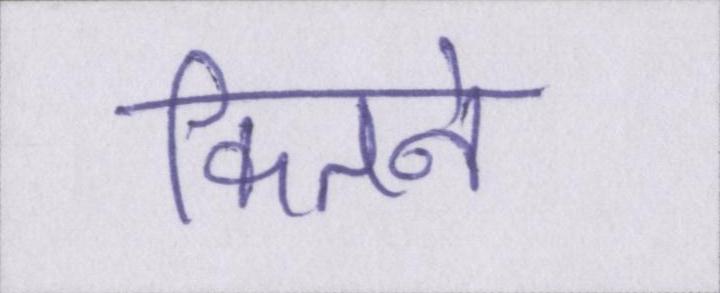
कितने